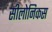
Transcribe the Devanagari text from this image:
सीलोनिकस